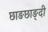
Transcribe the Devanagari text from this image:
छाङछाङ्दी